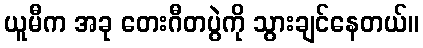
ယူမီက အခု တေးဂီတပွဲကို သွားချင်နေတယ်။